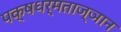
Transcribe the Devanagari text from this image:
पक्षधर्मताज्ञान